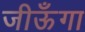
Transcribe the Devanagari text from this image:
जीऊँगा